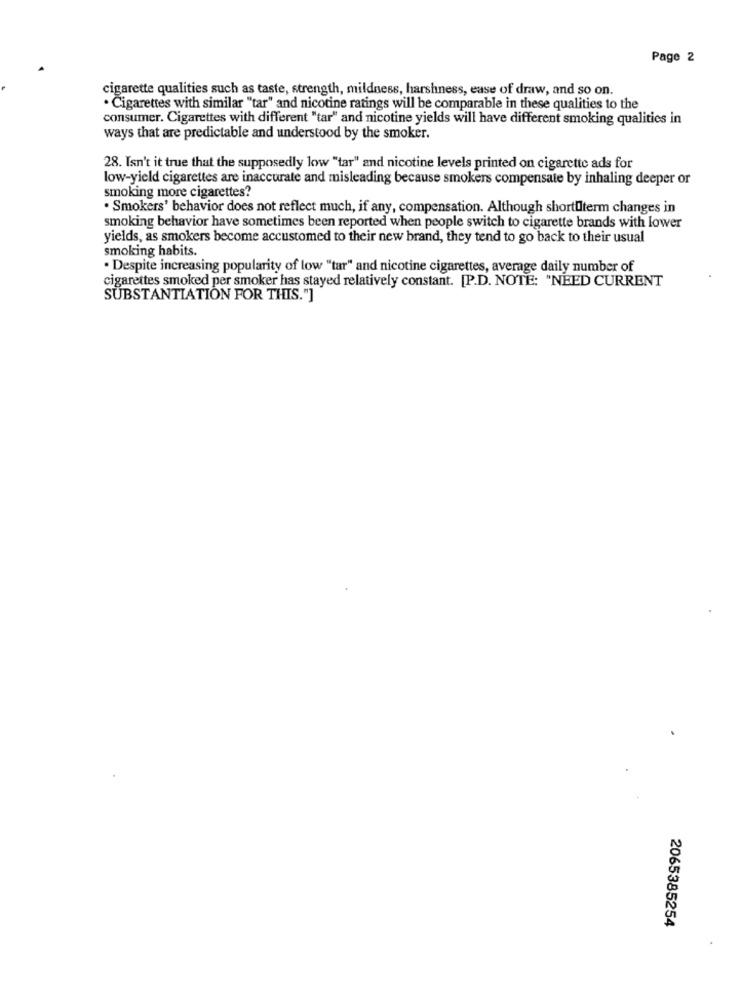
Page 2
cigarette qualities such as taste, strength, mildness, harshness, ease of draw, and so on.
· Cigarettes with similar "tar" and nicotine ratings will be comparable in these qualities to the
consumer. Cigarettes with different "tar" and nicotine yields will have different smoking qualities in
ways that are predictable and understood by the smoker.
28. Isn't it true that the supposedly low "tar" and nicotine levels printed on cigarette ads for
low-yield cigarettes are inaccurate and misleading because smokers compensate by inhaling deeper or
smoking more cigarettes?
· Smokers' behavior does not reflect much, if any, compensation. Although shortulterm changes in
smoking behavior have sometimes been reported when people switch to cigarette brands with lower
yields, as smokers become accustomed to their new brand, they tend to go back to their usual
smoking habits.
· Despite increasing popularity of low "tar" and nicotine cigarettes, average daily number of
cigarettes smoked per smoker has stayed relatively constant. [P.D. NOTE: "NEED CURRENT
SUBSTANTIATION FOR THIS."]
2065385254